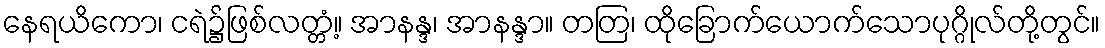
နေရယိကော၊ ငရဲ၌ဖြစ်လတ္တံ့။ အာနန္ဒ၊ အာနန္ဒာ။ တတြ၊ ထိုခြောက်ယောက်သောပုဂ္ဂိုလ်တို့တွင်။